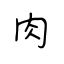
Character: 肉